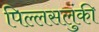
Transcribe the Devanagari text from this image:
पिल्लसलुंकी